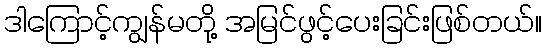
ဒါကြောင့်ကျွန်မတို့ အမြင်ဖွင့်ပေးခြင်းဖြစ်တယ်။